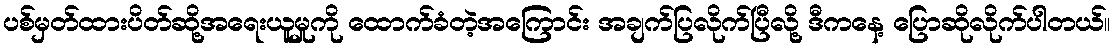
ပစ်မှတ်ထားပိတ်ဆို့အရေးယူမှုကို ထောက်ခံတဲ့အကြောင်း အချက်ပြလိုက်ပြီလို့ ဒီကနေ့ ပြောဆိုလိုက်ပါတယ်။